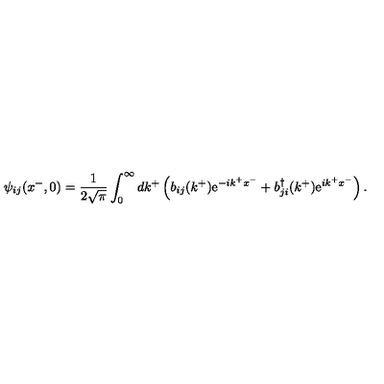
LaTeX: \psi _ { i j } ( x ^ { - } , 0 ) = \frac { 1 } { 2 \sqrt { \pi } } \int _ { 0 } ^ { \infty } d k ^ { + } \left( b _ { i j } ( k ^ { + } ) \mathrm { e } ^ { - i k ^ { + } x ^ { - } } + b _ { j i } ^ { \dag } ( k ^ { + } ) \mathrm { e } ^ { i k ^ { + } x ^ { - } } \right) .